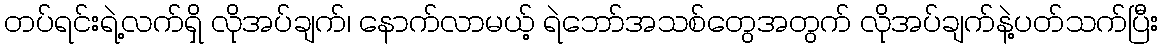
တပ်ရင်းရဲ့လက်ရှိ လိုအပ်ချက်၊ နောက်လာမယ့် ရဲဘော်အသစ်တွေအတွက် လိုအပ်ချက်နဲ့ပတ်သက်ပြီး